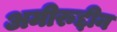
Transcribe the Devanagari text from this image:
अमीरुद्दीन